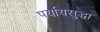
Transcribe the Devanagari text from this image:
पर्यायसुद्धा